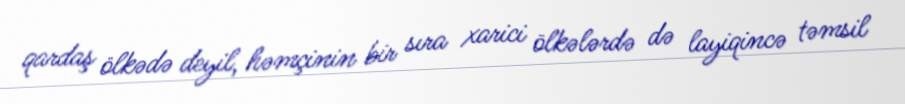
qardaş ölkədə deyil, həmçinin bir sıra xarici ölkələrdə də layiqincə təmsil